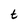
Character: t